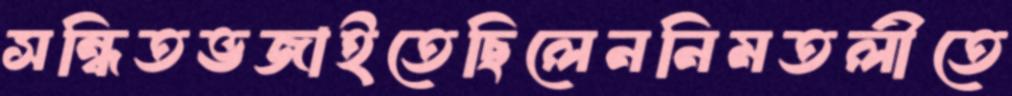
সন্ধিতভজাইতেছিলেননিমতলীতে